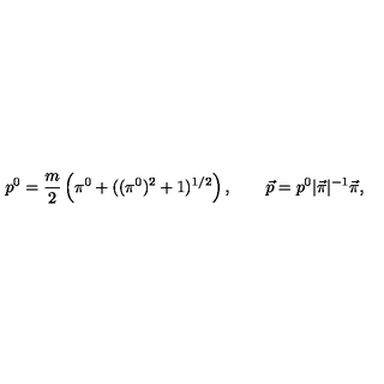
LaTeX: p ^ { 0 } = \frac m 2 \left( \pi ^ { 0 } + ( ( \pi ^ { 0 } ) ^ { 2 } + 1 ) ^ { 1 / 2 } \right) , \qquad \vec { p } = p ^ { 0 } | \vec { \pi } | ^ { - 1 } \vec { \pi } ,